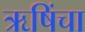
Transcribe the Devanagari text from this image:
ऋषिंचा